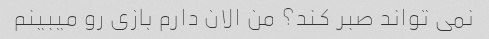
نمی تواند صبر کند؟ من الان دارم بازی رو میبینم